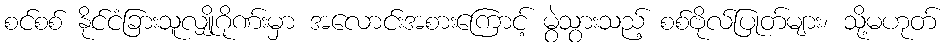
စင်စစ် နိုင်ငံခြားသူလျှိုဂိုဏ်းမှာ အလောင်းအစားကြောင့် မွဲသွားသည့် စစ်ဗိုလ်ပြုတ်များ၊ သို့မဟုတ်